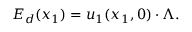
E _ { d } ( x _ { 1 } ) = u _ { 1 } ( x _ { 1 } , 0 ) \cdot \Lambda .